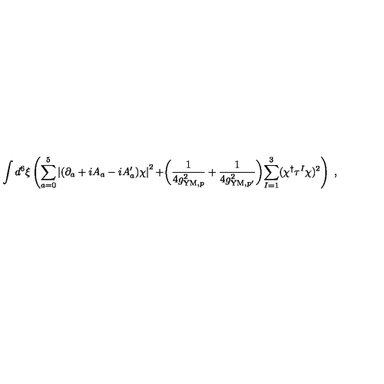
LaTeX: \int d ^ { 6 } \xi \left( \sum _ { a = 0 } ^ { 5 } \left| ( \partial _ { a } + i A _ { a } - i A _ { a } ^ { \prime } ) \chi \right| ^ { 2 } + \biggr ( \frac { 1 } { 4 g _ { \mathrm { Y M } , p } ^ { 2 } } + \frac { 1 } { 4 g _ { \mathrm { Y M } , p ^ { \prime } } ^ { 2 } } \biggl ) \sum _ { I = 1 } ^ { 3 } ( \chi ^ { \dagger } \tau ^ { I } \chi ) ^ { 2 } \right) \ ,